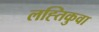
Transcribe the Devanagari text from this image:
लह्तिकुवा